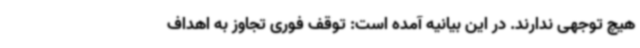
هیچ توجهی ندارند. در این بیانیه آمده است: توقف فوری تجاوز به اهداف